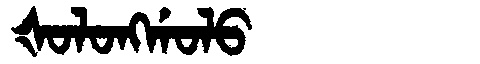
Manchu: ᡧᠣᠯᠣᠩᡤᠣᠯᠣ
Romanization: ŠOLONGGOLO